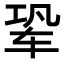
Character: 𬨆